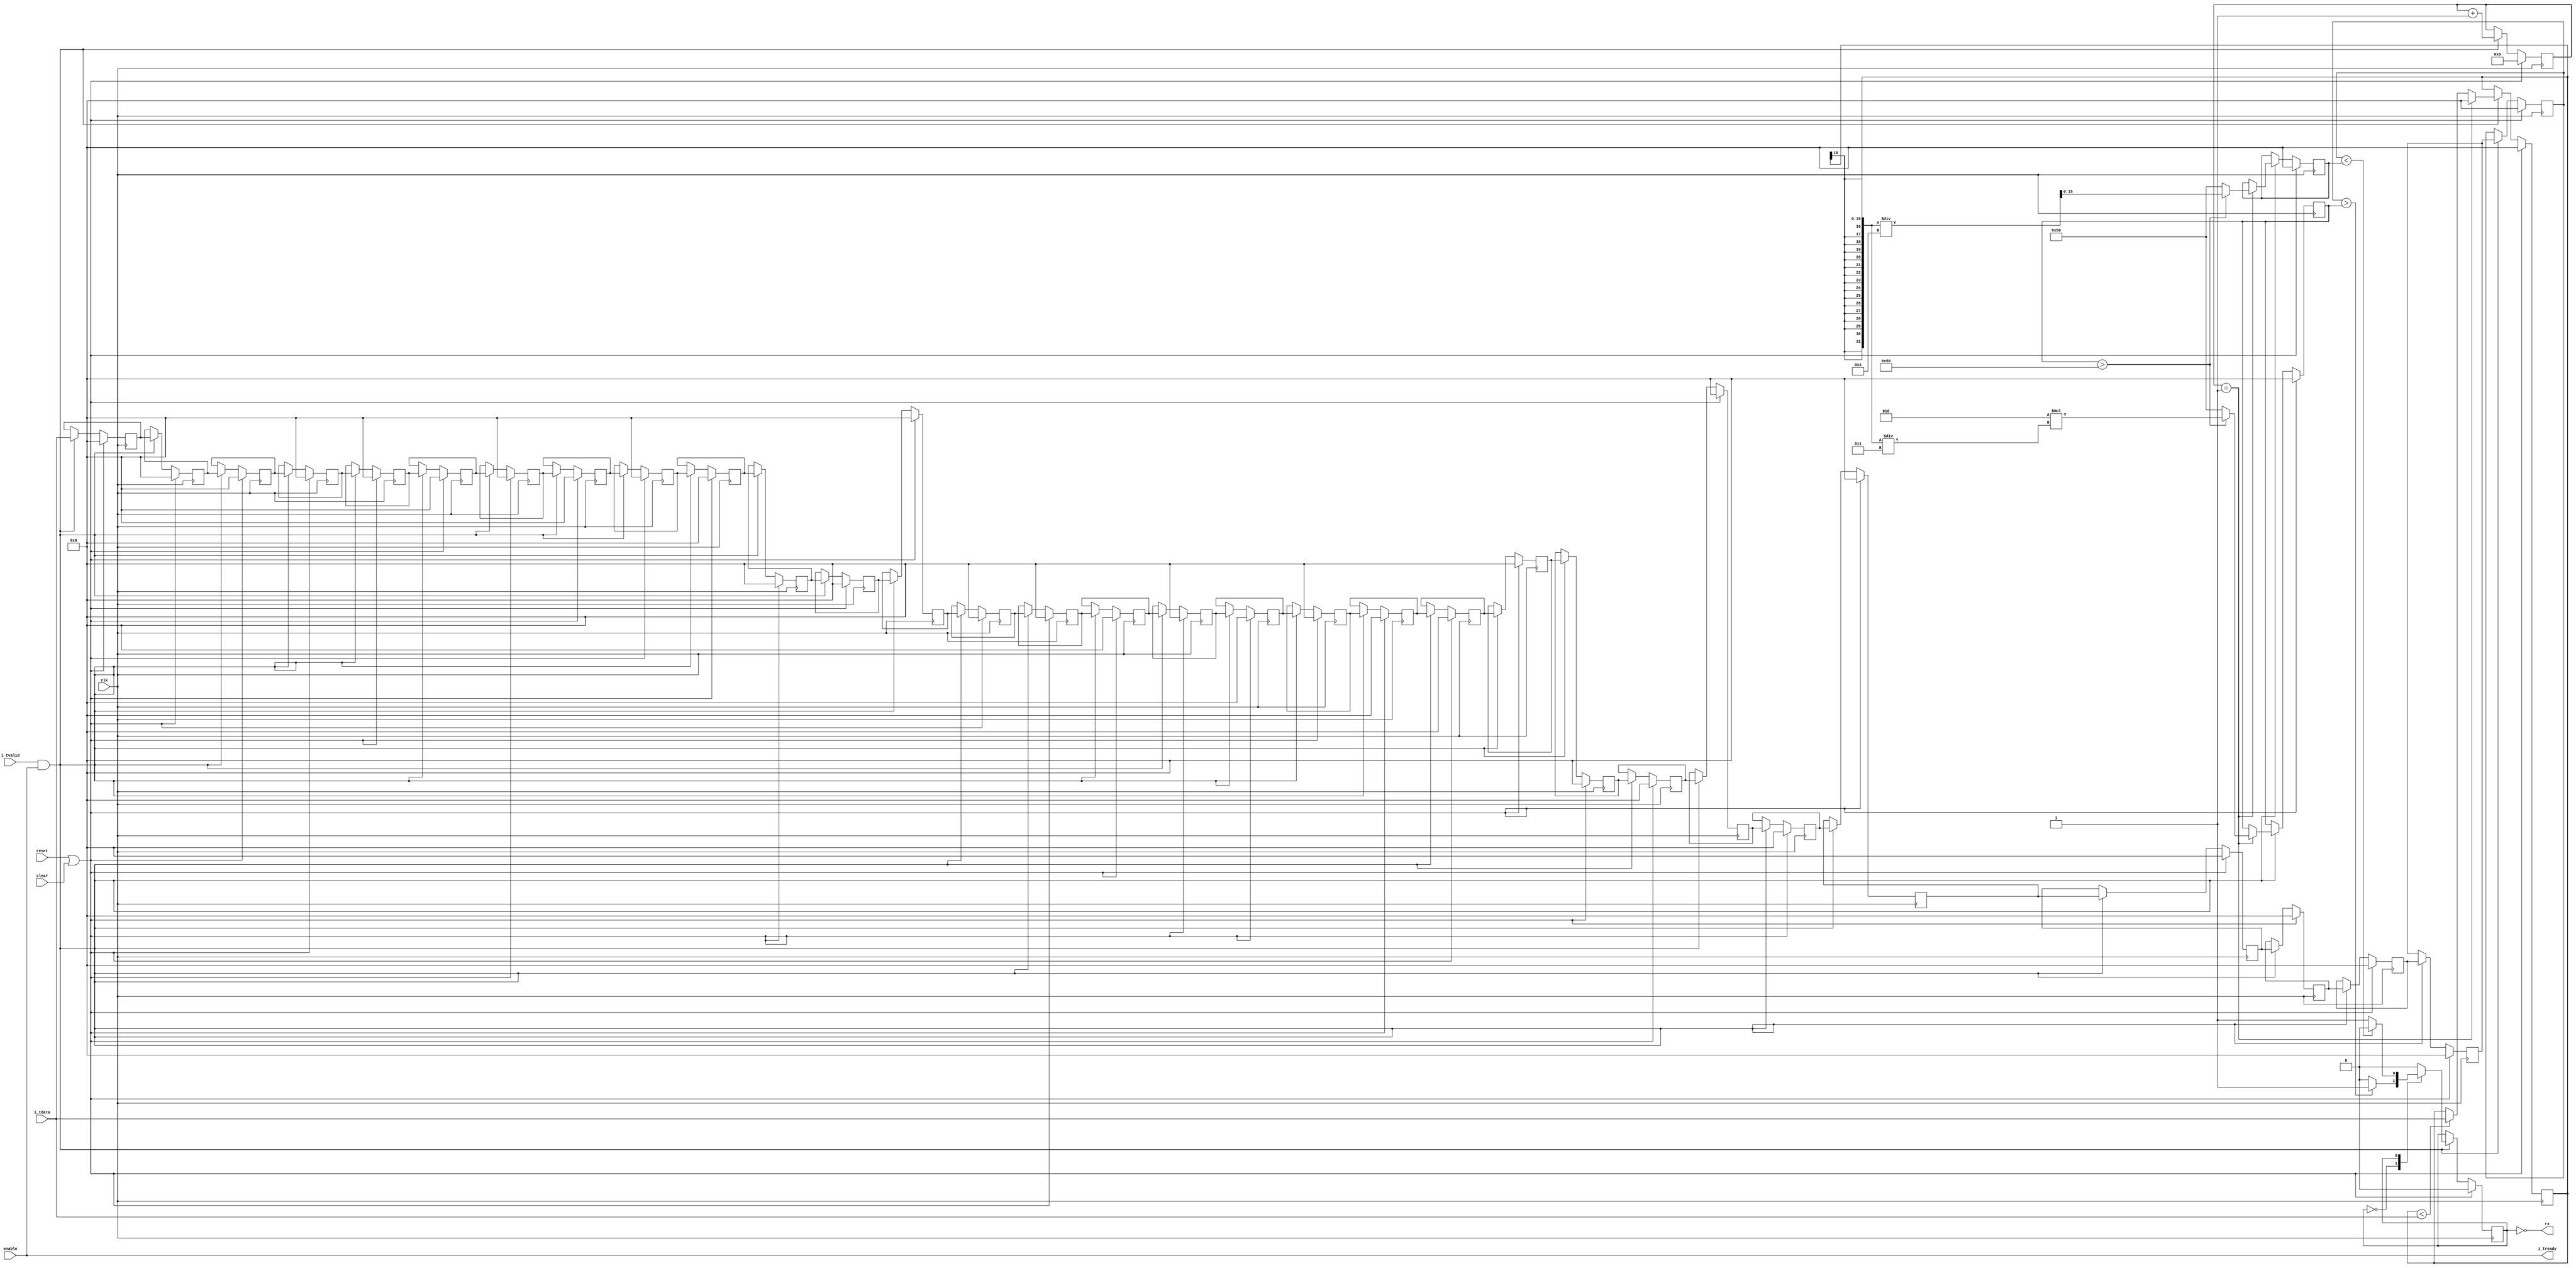
//
// Copyright 2020 Nasim Hamrah Industries
//
// SPDX-License-Identifier: LGPL-3.0-or-later
//

module automatic_threshold_ask_detector #(
   parameter WIDTH = 16,
   parameter DEPTH = 5,
   parameter MINTHRESHOLD = 80
)(
   input clk, input reset, input clear, input enable,
   input [WIDTH-1:0] i_tdata, input i_tvalid, output i_tready,
   output rx
);

   reg [DEPTH-1:0] counter = 0;
   reg [WIDTH-1:0] maximum = 0;
   reg [WIDTH-1:0] upthreshold = 0;
   reg [WIDTH-1:0] downthreshold = 0;
   reg [WIDTH-1:0] delaied [2**DEPTH-1:0];

   always @(posedge clk)
      if(reset | clear) begin
         delaied[0] <= 0;
         counter <= 0;
         maximum <= 0;
         upthreshold <= 0;
         downthreshold <= 0;
      end else if(i_tvalid & enable) begin
         counter <= counter + 1;
         delaied[0] <= i_tdata;
         if( $signed(counter) == -1 ) begin
            maximum <= 0;
            upthreshold   <= (upthreshold > MINTHRESHOLD ? 2*($signed(maximum)/3) : MINTHRESHOLD);
            downthreshold <= (upthreshold > MINTHRESHOLD ? $signed(maximum)/4     : MINTHRESHOLD);
         end else if( $signed(maximum) < $signed(i_tdata) )
            maximum <= i_tdata;
      end

   wire [WIDTH-1:0] dataout;
   genvar i;
   generate
      if(WIDTH==32 & DEPTH==10) begin
         reg [9:0] ADDR = 0;
         always @(posedge clk)
            if(reset | clear)
               ADDR <= 0;
            else if(i_tvalid & enable)
               ADDR <= ADDR +1;
         RAMCoreTP_4B_1024 RAMCoreTP_4B_1024 (
            .WD(delaied[0]),
            .RD(dataout),
            .WEN(i_tvalid & enable),
            .REN(i_tvalid & enable),
            .WADDR(ADDR),
            .RADDR(ADDR+1),
            .RWCLK(clk),
            .RESET(reset | clear)
         );
      end else begin
         for(i=1;i<2**DEPTH;i=i+1) begin
            always @(posedge clk)
               if(reset | clear)
                  delaied[i] <= 0;
               else if(i_tvalid & enable)
                  delaied[i] <= delaied[i-1];
         end
         assign dataout = delaied[(2**DEPTH)-1];
      end
   endgenerate

   reg state = 1'b0;               //                         |                  ___                            
   // state == 1'b0 : Low state    //    upthreshold  ,--->---|                 /   |  __     ___               
   // state == 1'b1 : High state   //                 |       |                /    ',/  |  _/   \_             
   always @(posedge clk)           //                 |       |              /`           \/       \       /\   
      if(reset | clear)            //  downthreshold  |---<---'   ~ /\/^'~'\/                       \ /^\ /  \_~
         state <= 1'b0;            //                 |            ^              __________________ '   ^      
      else if(i_tvalid & enable)   //                 0       1   _______________|                  |___________
         case (state)
            1'b0    : if( $signed(dataout) > $signed(upthreshold)   ) state <= 1'b1;
            1'b1    : if( $signed(dataout) < $signed(downthreshold) ) state <= 1'b0;
            default :                                                 state <= 1'b0;
         endcase

   assign i_tready = enable;
   assign rx = !state;

endmodule // automatic_threshold_ask_detector